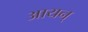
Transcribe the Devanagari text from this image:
आयन्